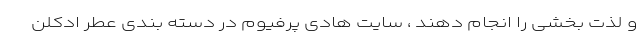
و لذت بخشی را انجام دهند ، سایت هادی پرفیوم در دسته بندی عطر ادکلن